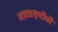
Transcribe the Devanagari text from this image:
नाट्यसृष्‍टीची